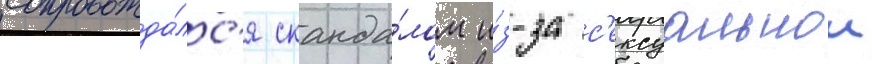
сопровожда́лс'я сканда́лом и́з-за с'ексуальнои